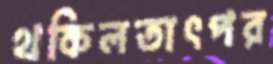
থকিলতাৎপর